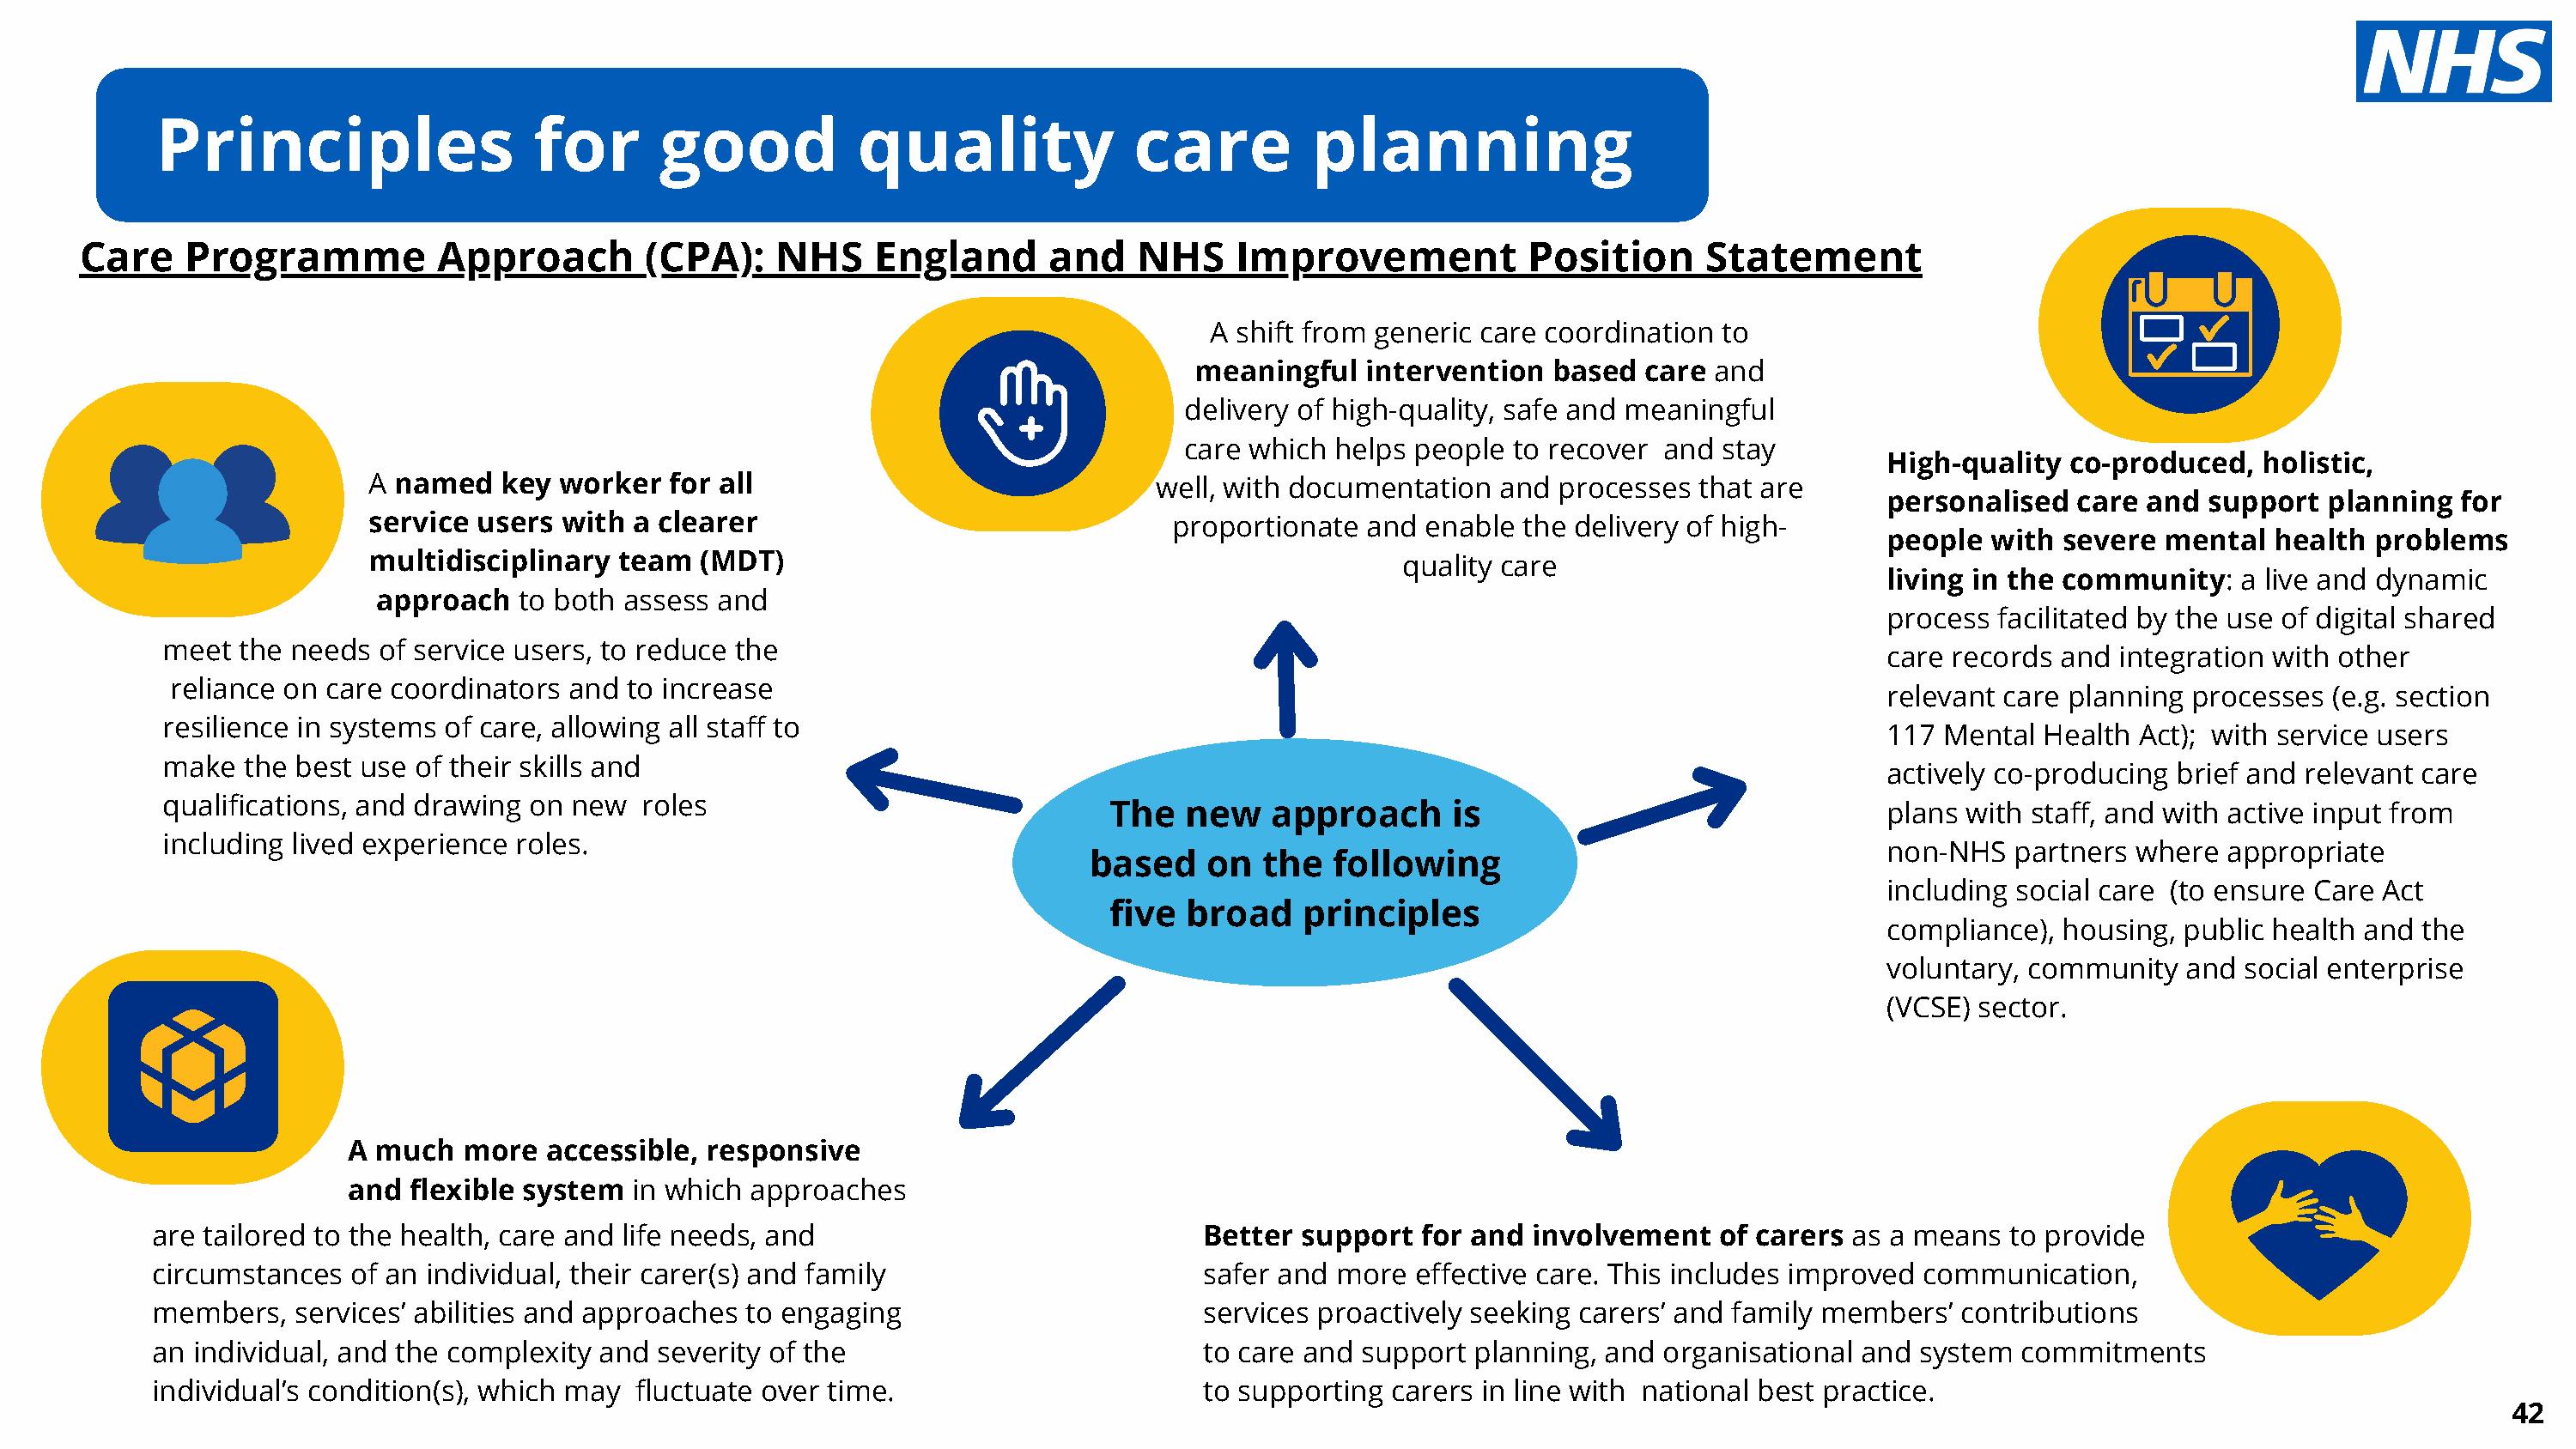
40
 Principles                   for       good           quality              care          planning
 Care    Programme           Approach        (CPA):    NHS    England       and    NHS    Improvement            Position     Statement
 A shift from generic care coordination  to
 meaningful   intervention   based  care and
 delivery of high-quality, safe and meaningful
 care which  helps people  to recover and  stay
 High-quality   co-produced,  holistic,
 A named    key worker   for all                              well, with documentation   and processes  that are
 personalised   care and  support  planning   for
 service  users with  a clearer                                proportionate  and  enable the delivery of high-
 people  with  severe  mental  health  problems
 multidisciplinary   team  (MDT)                                                 quality care
 living in the community:    a live and dynamic
 approach   to both assess and
 process  facilitated by the use of digital shared
 meet the needs  of service users, to reduce the
 care records  and integration with other
 reliance on care coordinators  and to increase
 relevant care planning  processes  (e.g. section
 resilience in systems of care, allowing all staff to
 117  Mental  Health Act); with service users
 make  the best use of their skills and
 actively co-producing  brief and relevant care
 qualifications, and drawing on new  roles
 The  new    approach      is                               plans  with staff, and with active input from
 including lived experience roles.
 non-NHS   partners  where  appropriate
 based    on  the   following
 including social care (to ensure Care  Act
 five broad    principles
 compliance),  housing, public health and  the
 voluntary, community    and social enterprise
 (VCSE) sector.
 A much   more  accessible, responsive
 and  flexible system  in which approaches
 are tailored to the health, care and life needs, and                             Better support   for and involvement    of carers as a means  to provide
 circumstances  of an individual, their carer(s) and family                       safer and more  effective care. This includes improved communication,
 members,   services’ abilities and approaches to engaging                        services proactively seeking carers’ and family members’  contributions
 an individual, and the complexity and  severity of the                           to care and support  planning, and organisational and  system  commitments
 individual’s condition(s), which may fluctuate over time.                        to supporting carers in line with national best practice.
 42